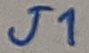
Text: J1